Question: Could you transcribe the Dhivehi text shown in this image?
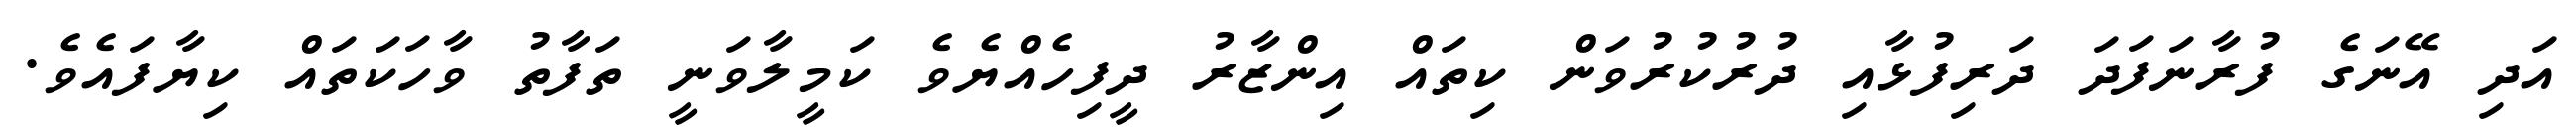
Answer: އަދި އޭނަގެ ފުރާނަފަދަ ދަރިފުޅާއި ދުރުކުރުވަން ކިތައް އިންޒާރު ދީފިހެއްޔެވެ ކަމީލާވަނީ ތަފާތު ވާހަކަތައް ކިޔާފައެވެ.